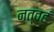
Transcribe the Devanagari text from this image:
नत्वहं